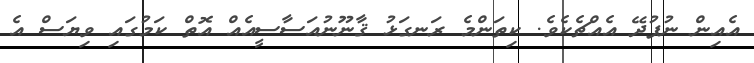
އެއިން ނުފުދޭ އެއްޗެކެވެ. ކިތަންމެ ރަނގަޅު ޤާނޫނުއަސާސީއެއް އޮތް ކަމުގައި ވިޔަސް އެ